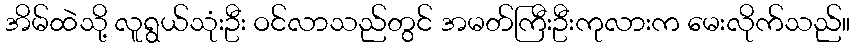
အိမ်ထဲသို့ လူရွယ်သုံးဦး ဝင်လာသည်တွင် အမတ်ကြီးဦးကုလားက မေးလိုက်သည်။